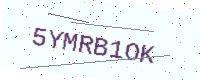
Text: 5YMRB1OK